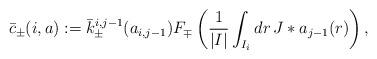
LaTeX: \begin{align*}\bar c_{\pm}(i,a):=\bar k_{\pm}^{i,j-1}(a_{i,j-1})F_{\mp}\left(\frac{1}{|I|}\int_{I_i}dr \,J*a_{j-1}(r)\right),\end{align*}